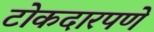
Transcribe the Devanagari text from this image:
टोकदारपणे